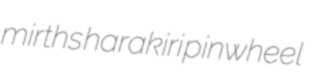
mirths harakiri pinwheel